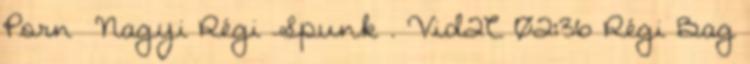
Porn Nagyi Régi Spunk . Vid2C 02:36 Régi Bag